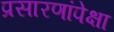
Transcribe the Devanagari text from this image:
प्रसारणांपेक्षा